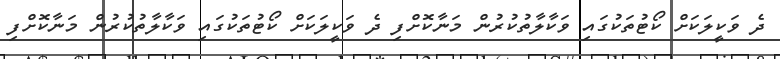
ދެ ވަކީލަކަށް ކޯޓުތަކުގައި ވަކާލާތުކުރުން މަނާކޮށްފި ދެ ވަކީލަކަށް ކޯޓުތަކުގައި ވަކާލާތުކުރުން މަނާކޮށްފި